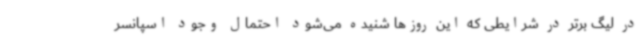
در لیگ برتر در شرایطی که این روزها شنیده می‌شود احتمال وجود اسپانسر